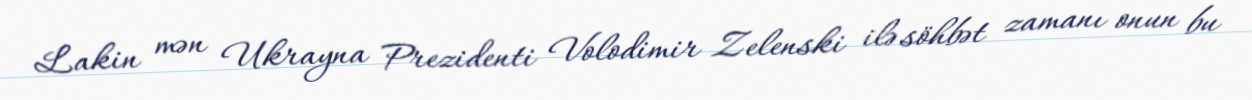
Lakin mən Ukrayna Prezidenti Volodimir Zelenski ilə söhbət zamanı onun bu